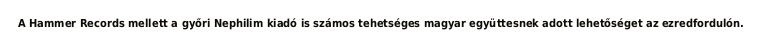
A Hammer Records mellett a győri Nephilim kiadó is számos tehetséges magyar együttesnek adott lehetőséget az ezredfordulón.